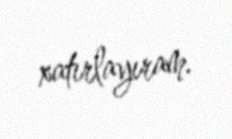
xatırlayıram.